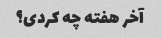
آخر هفته چه کردی؟